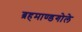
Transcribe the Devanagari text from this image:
ब्रहमाण्डगोले